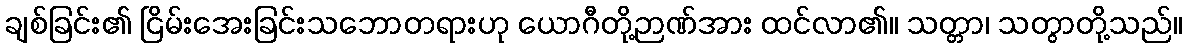
ချစ်ခြင်း၏ ငြိမ်းအေးခြင်းသဘောတရားဟု ယောဂီတို့ဉာဏ်အား ထင်လာ၏။ သတ္တာ၊ သတွာတို့သည်။